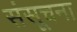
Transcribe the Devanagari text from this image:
संसूचना